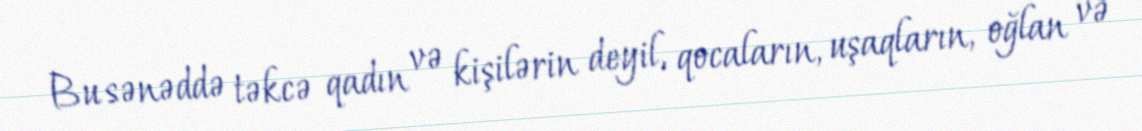
Bu sənəddə təkcə qadın və kişilərin deyil, qocaların, uşaqların, oğlan və